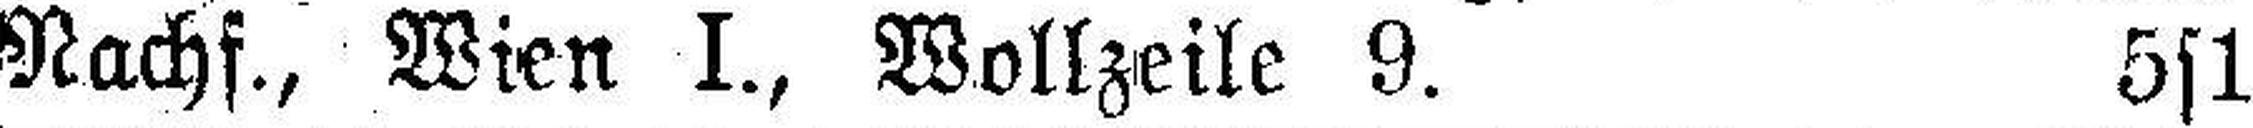
Nachf., Wien I., Wollzeile 9. 5s1